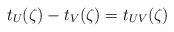
LaTeX: \begin{align*} t_U(\zeta) - t_V(\zeta) = t_{UV}(\zeta)\end{align*}